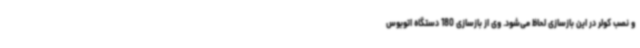
و نصب کولر در این بازسازی لحاظ می‌شود. وی از بازسازی 180 دستگاه اتوبوس